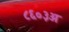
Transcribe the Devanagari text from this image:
८६०३अ